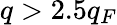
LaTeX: q>2.5q_{F}